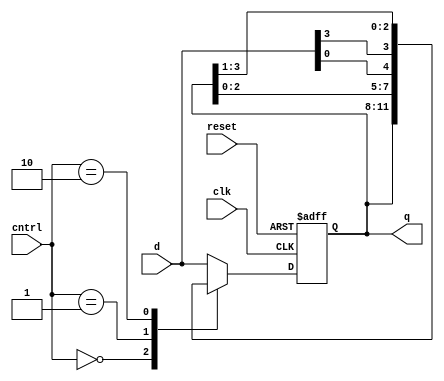
`timescale 1ns/1ps
module shift_reg(
    input wire clk,reset,
    input wire[1:0]cntrl,
    input wire[3:0]d,
    output wire[3:0]q
  );

  reg[3:0]r_reg,r_next;
  always@(posedge clk,posedge reset)
    if(reset)
      r_reg<=0;
    else
      r_reg<=r_next;

  always@*
  case(cntrl)
    2'b00:
      r_next=r_reg;
    2'b01:
      r_next={r_reg[2:0],d[0]};
    2'b10:
      r_next={d[3],r_reg[3:1]};
    default:
      r_next=d;
  endcase
  
  assign q=r_reg;
endmodule